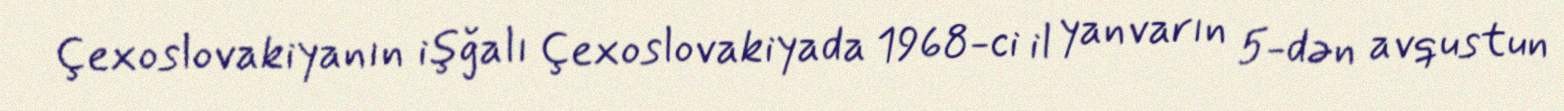
Çexoslovakiyanın işğalı Çexoslovakiyada 1968-ci il yanvarın 5-dən avqustun